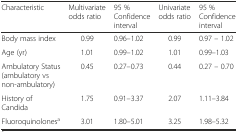
| Characteristic | Multivariate odds ratio | 95 % Confidence interval | Univariate odds ratio | 95 % Confidence interval |
 | --- | --- | --- | --- | --- |
 | Body mass index | 0.99 | 0.96–1.02 | 0.99 | 0.97 – 1.02 |
 | Age (yr) | 1.01 | 0.99–1.02 | 1.01 | 0.99–1.03 |
 | Ambulatory Status (ambulatory vs non-ambulatory) | 0.45 | 0.27–0.73 | 0.44 | 0.27 – 0.70 |
 | History of Candida | 1.75 | 0.91–3.37 | 2.07 | 1.11–3.84 |
 | Fluoroquinolonesa | 3.01 | 1.80–5.01 | 3.25 | 1.98–5.32 |